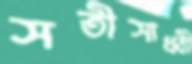
সতীসাধ্বী